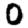
Digit: 0